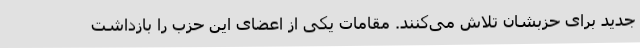
جدید برای حزبشان تلاش می‌کنند. مقامات یکی از اعضای این حزب را بازداشت